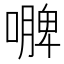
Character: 𭋐